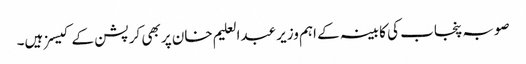
صوبہ پنجاب کی کابینہ کے اہم وزیر عبدالعلیم خان پر بھی کرپشن کے کیسز ہیں۔